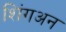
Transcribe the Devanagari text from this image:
शिंगअन